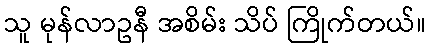
သူ မုန်လာဥနီ အစိမ်း သိပ် ကြိုက်တယ်။